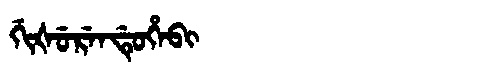
Manchu: ᡤᡳᡧᡠᡵᡝᠨᡩᡠᡥᡝᠪᡳ
Romanization: GIŠURENDUHEBI